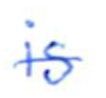
Text: is
Cross-out: single-line
Writing tool: ballpoint